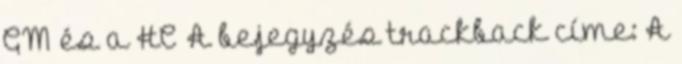
GM és a HC A bejegyzés trackback címe: A